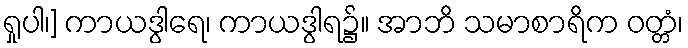
ရှုပါ၊] ကာယဒွါရေ၊ ကာယဒွါရ၌။ အာဘိ သမာစာရိက ဝတ္တံ၊